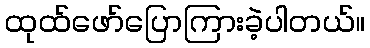
ထုထ်ဖော်ပြောကြားခဲ့ပါတယ်။